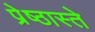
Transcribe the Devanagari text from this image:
प्रेष्ठास्ते